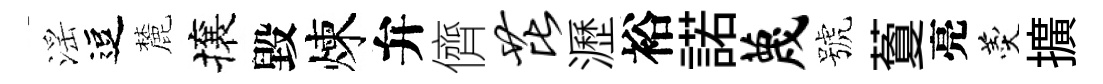
滛逗麓攘毀煉弁儕芘瀝裕諾蔑號藑亮羹擴